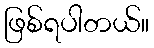
ဖြစ်ရပါတယ်။